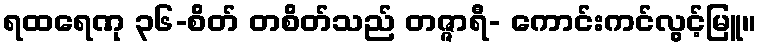
ရထရေဏု ၃၆-စိတ် တစိတ်သည် တဇ္ဇာရီ- ကောင်းကင်လွင့်မြူ။